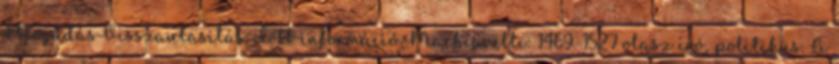
ElfogadásVisszautasítás Több információ Machiavelli: 1469–1527 olasz író, politikus. A